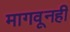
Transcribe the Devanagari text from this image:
मागवूनही